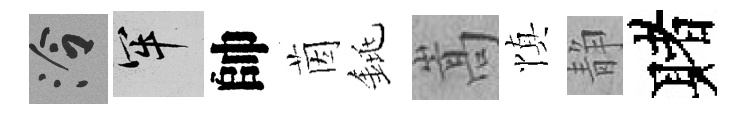
泠牢帥茵銚嵩慎静赌